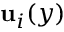
\mathbf { u } _ { i } ( y )